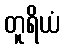
တူရိယံ